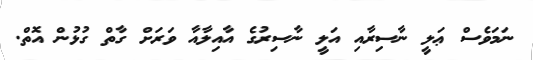
ނަމަވެސް ޢަލީ ނާސިރާއި އަލީ ނާސިރުގެ އާއިލާއާ ވަރަށް ގާތް ގުޅުން އޮތް.